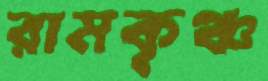
রামকৃঞ্চ